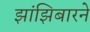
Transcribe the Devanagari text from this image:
झांझिबारने